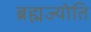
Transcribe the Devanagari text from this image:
ब्रह्मज्योति